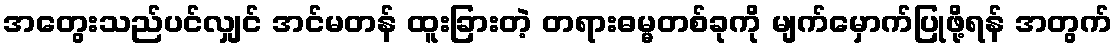
အတွေးသည်ပင်လျှင် အင်မတန် ထူးခြားတဲ့ တရားဓမ္မတစ်ခုကို မျက်မှောက်ပြုဖို့ရန် အတွက်